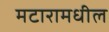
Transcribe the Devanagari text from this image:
मटारामधील